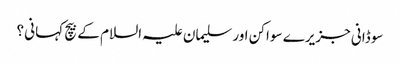
سوڈانی جزیرے سواکن اور سلیمان علیہ السلام کے بیچ کہانی ؟